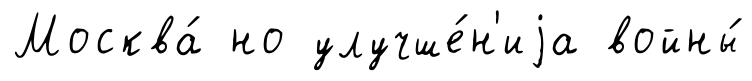
Москва́ но улучше́н'иjа войны́